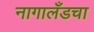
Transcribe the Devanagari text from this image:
नागालँडचा